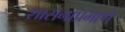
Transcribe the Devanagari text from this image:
शासनाप्रमाणे